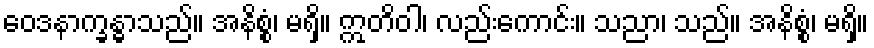
ဝေဒနာက္ခန္ဓာသည်။ အနိစ္စံ၊ မရှိ။ ဣတိဝါ၊ လည်းကောင်း။ သညာ၊ သည်။ အနိစ္စံ၊ မရှိ။